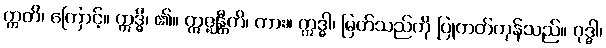
ဣတိ၊ ကြောင့်။ ဣဒ္ဓိ၊ ၏။ ဣဇ္ဈန္တီတိ၊ ကား။ ဣဒ္ဓါ၊ မြတ်သည်ကို ပြုတတ်ကုန်သည်။ ဝုဒ္ဓါ၊